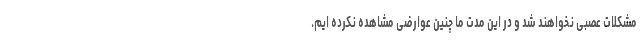
مشکلات عصبی نخواهند شد و در این مدت ما چنین عوارضی مشاهده نکرده ایم.